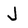
Character: J